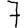
Digit: 7